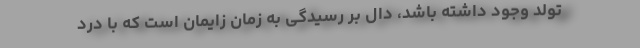
تولد وجود داشته باشد، دال بر رسیدگی به زمان زایمان است که با درد